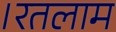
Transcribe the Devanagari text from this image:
।रतलाम